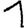
Digit: 1